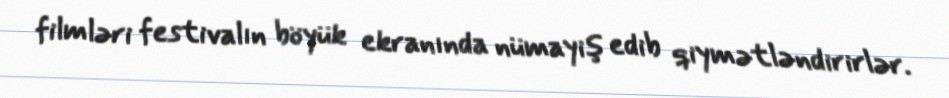
filmləri festivalın böyük ekranında nümayiş edib qiymətləndirirlər.